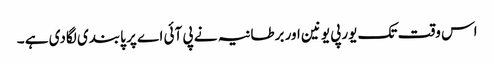
اس وقت تک یورپی یونین اور برطانیہ نے پی آئی اے پر پابندی لگادی ہے ۔